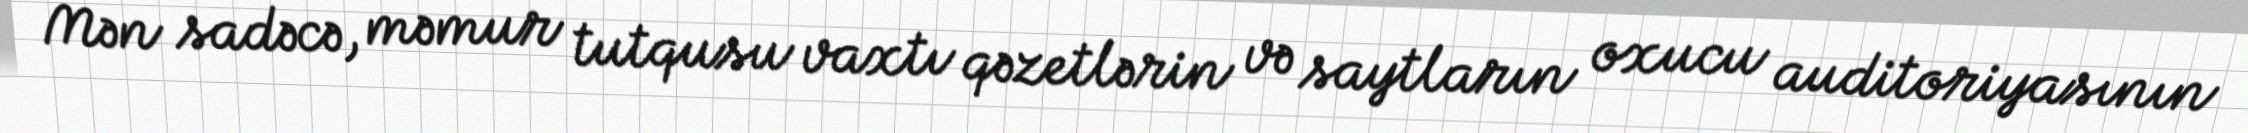
Mən sadəcə, məmur tutqusu vaxtı qəzetlərin və saytların oxucu auditoriyasının